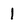
Character: 1